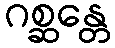
ဂစ္ဆန္တေ